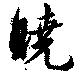
曉